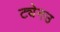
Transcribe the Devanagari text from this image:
ट्येनउ